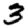
Digit: 3